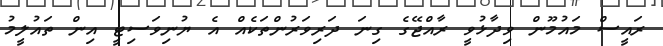
ރައީސް މައުމޫން ވިދާޅުވީ ރާއްޖޭގެ ގިނަ ދަރިވަރުންތަކެއް އެ ޔުނިވަސިޓީ އިން ތައުލީމު